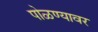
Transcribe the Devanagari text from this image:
पोळण्यावर